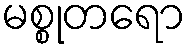
မစ္စုတရော